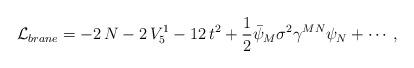
LaTeX: \begin{align*}\mathcal{L}_{brane}=-2\,N-2\,V_5^1-12\, t^2+\frac{1}{2}\bar\psi_M \sigma^2\gamma^{MN}\psi_N+\cdots\, ,\end{align*}